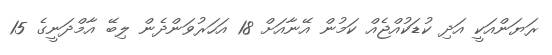
ރަޔަންއަކީ އަދި ކުޑަކުއްޖެއް ކަމުން އޭނާއަށް 18 އަހަރުވަންދެން ލިބޭ އާމްދަނީގެ 15